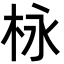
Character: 栐